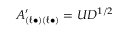
A _ { ( \ell \bullet ) ( \ell \bullet ) } ^ { \prime } = U D ^ { 1 / 2 }